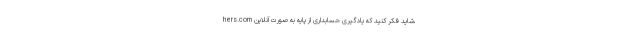
hers.com شاید فکر کنید که یادگیری حسابداری از پایه به صورت آنلاین،